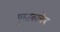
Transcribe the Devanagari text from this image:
पुस्तकाचेच